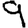
Digit: 9